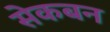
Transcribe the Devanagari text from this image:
सेकबन